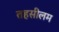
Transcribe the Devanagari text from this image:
तहसीलम